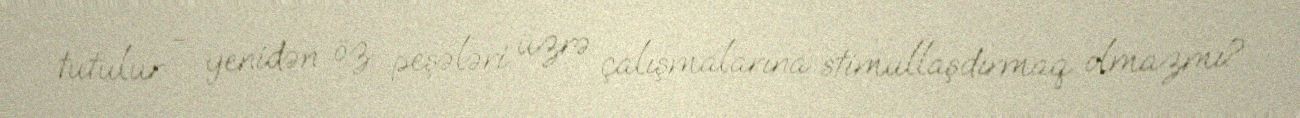
tutulur - yenidən öz peşələri üzrə çalışmalarına stimullaşdırmaq olmazmı?.